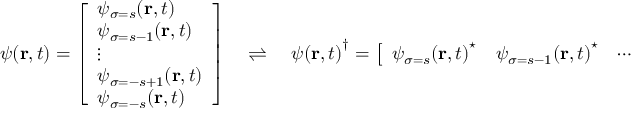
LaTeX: \psi ( \mathbf { r } , t ) = { \left[ \begin{array} { l } { \psi _ { \sigma = s } ( \mathbf { r } , t ) } \\ { \psi _ { \sigma = s - 1 } ( \mathbf { r } , t ) } \\ { \vdots } \\ { \psi _ { \sigma = - s + 1 } ( \mathbf { r } , t ) } \\ { \psi _ { \sigma = - s } ( \mathbf { r } , t ) } \end{array} \right] } \quad \rightleftharpoons \quad { \psi ( \mathbf { r } , t ) } ^ { \dagger } = { \left[ \begin{array} { l l l l l } { { \psi _ { \sigma = s } ( \mathbf { r } , t ) } ^ { \star } } & { { \psi _ { \sigma = s - 1 } ( \mathbf { r } , t ) } ^ { \star } } & { \cdots } & { { \psi _ { \sigma = - s + 1 } ( \mathbf { r } , t ) } ^ { \star } } & { { \psi _ { \sigma = - s } ( \mathbf { r } , t ) } ^ { \star } } \end{array} \right] }